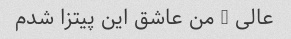
عالی … من عاشق این پیتزا شدم